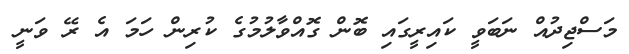
މަސްޖިދުއް ނަބަވީ ކައިރީގައި ބޮން ގޮއްވާލުމުގެ ކުރިން ހަމަ އެ ރޭ ވަނީ